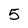
Character: 5